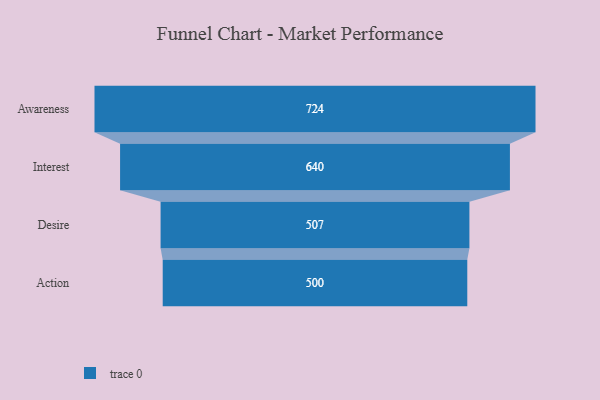
{"axis": {"x": "Stage", "y": "Value"}, "legend": [""], "data": [{"x": "Awareness", "y": 724.0, "type": ""}, {"x": "Interest", "y": 640.0, "type": ""}, {"x": "Desire", "y": 507.0, "type": ""}, {"x": "Action", "y": 500, "type": ""}]}